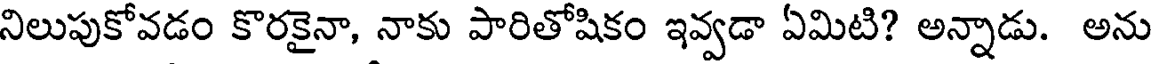
నిలుపుకోవడం కొరకైనా, నాకు పారితోషికం ఇవ్వడా ఏమిటి? అన్నాడు. అను